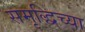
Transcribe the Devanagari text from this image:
समृद्धिच्या